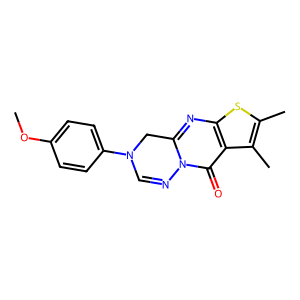
SMILES: COc1ccc(N2C=Nn3c(nc4sc(C)c(C)c4c3=O)C2)cc1
Inhibits HIV replication: No